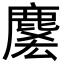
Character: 𪊱